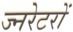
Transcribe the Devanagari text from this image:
ज्नरेटरों